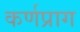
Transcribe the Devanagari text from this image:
कर्णप्राग